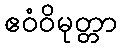
ဧဝံဝိမုတ္တာ